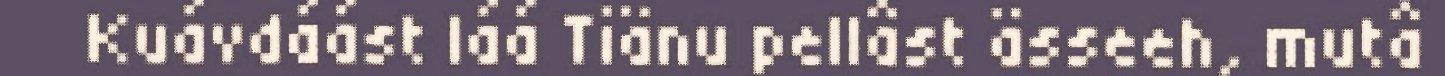
Kuávdáást láá Tiänu pellâst ässeeh, mutâ